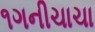
૧ગનીચાચા